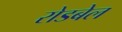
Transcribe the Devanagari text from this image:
रोडबेल